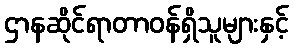
ဌာနဆိုင်ရာတာဝန်ရှိသူများနှင့်